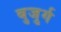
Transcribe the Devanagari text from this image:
बुजु्र्ग